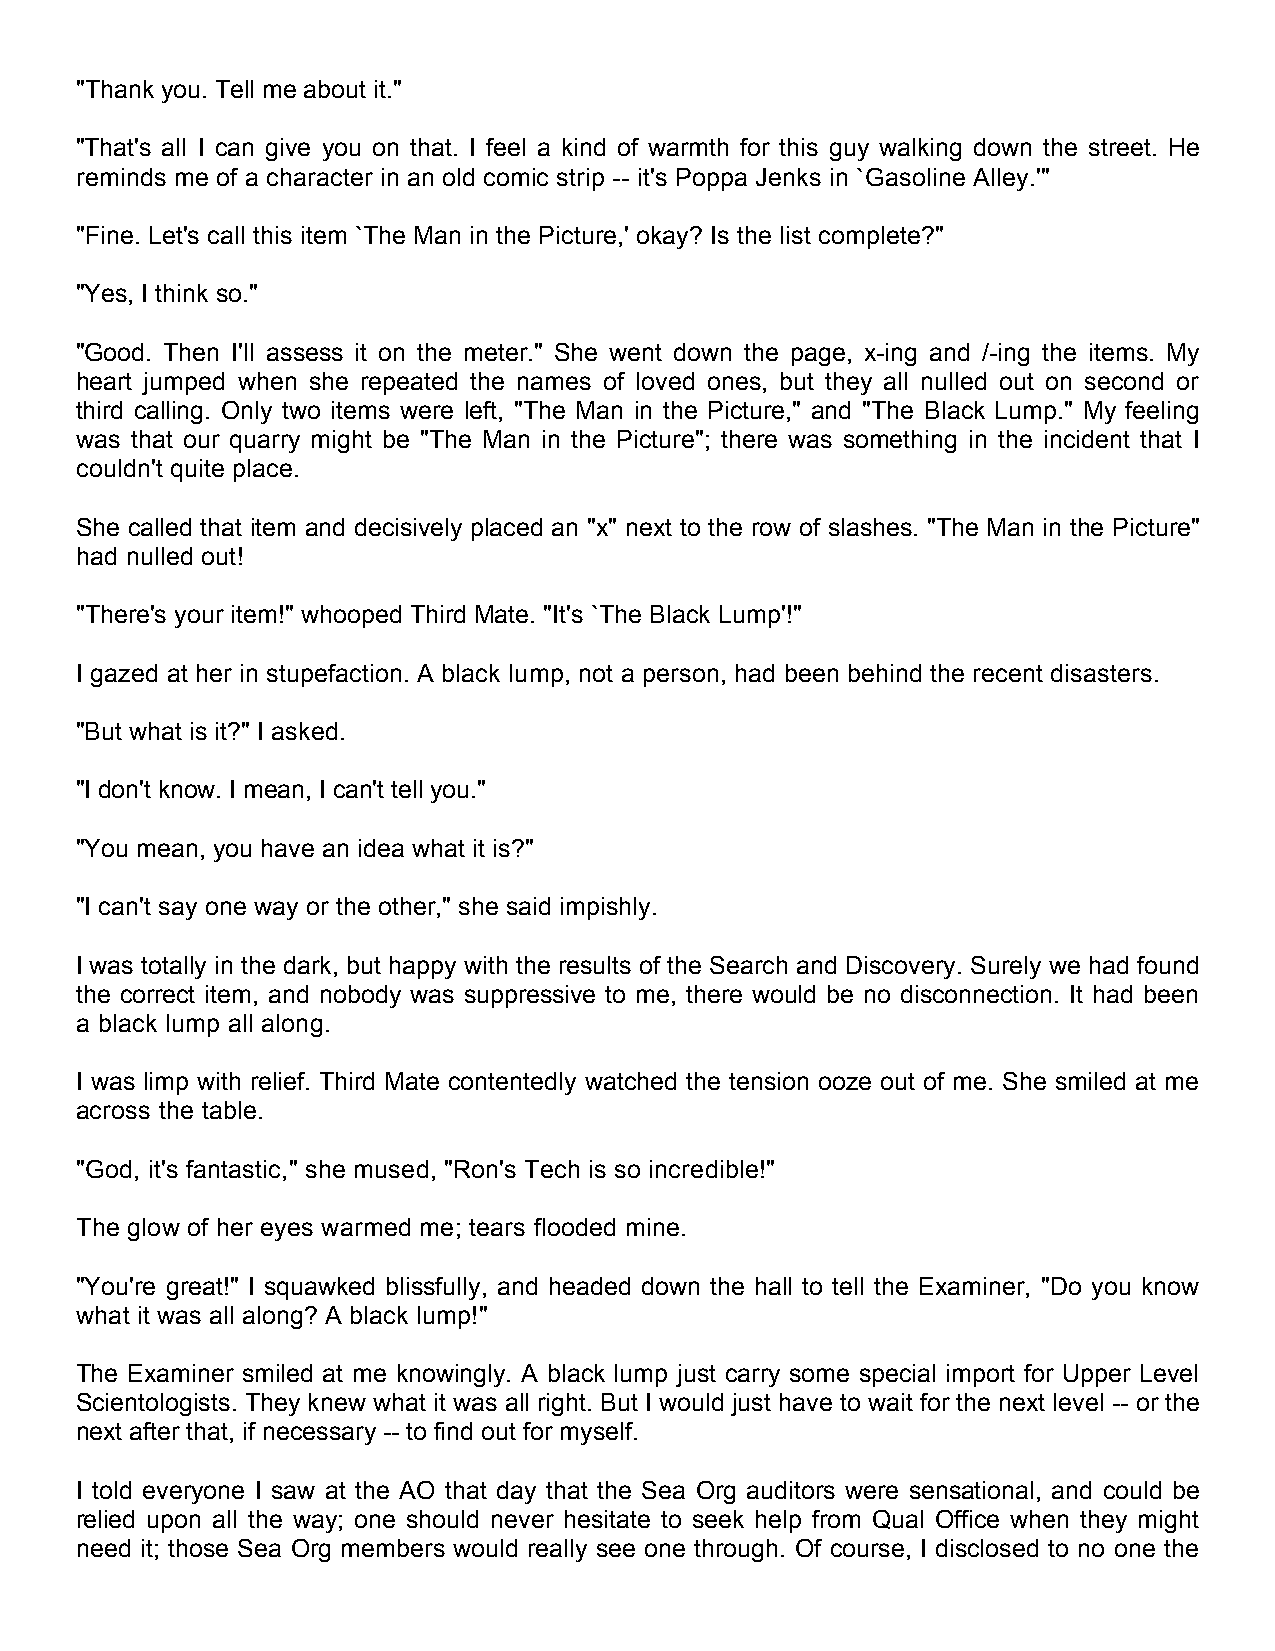
"Thank you. Tell me about it."
 "That's all I can give you on that. I feel a kind of warmth for this guy walking down the street. He
 reminds me of a character in an old comic strip -- it's Poppa Jenks in `Gasoline Alley.'"
 "Fine. Let's call this item `The Man in the Picture,' okay? Is the list complete?"
 "Yes, I think so."
 "Good. Then I'll assess it on the meter." She went down the page, x-ing and /-ing the items. My
 heart jumped when she repeated the names of loved ones, but they all nulled out on second or
 third calling. Only two items were left, "The Man in the Picture," and "The Black Lump." My feeling
 was that our quarry might be "The Man in the Picture"; there was something in the incident that I
 couldn't quite place.
 She called that item and decisively placed an "x" next to the row of slashes. "The Man in the Picture"
 had nulled out!
 "There's your item!" whooped Third Mate. "It's `The Black Lump'!"
 I gazed at her in stupefaction. A black lump, not a person, had been behind the recent disasters.
 "But what is it?" I asked.
 "I don't know. I mean, I can't tell you."
 "You mean, you have an idea what it is?"
 "I can't say one way or the other," she said impishly.
 I was totally in the dark, but happy with the results of the Search and Discovery. Surely we had found
 the correct item, and nobody was suppressive to me, there would be no disconnection. It had been
 a black lump all along.
 I was limp with relief. Third Mate contentedly watched the tension ooze out of me. She smiled at me
 across the table.
 "God, it's fantastic," she mused, "Ron's Tech is so incredible!"
 The glow of her eyes warmed me; tears flooded mine.
 "You're great!" I squawked blissfully, and headed down the hall to tell the Examiner, "Do you know
 what it was all along? A black lump!"
 The Examiner smiled at me knowingly. A black lump just carry some special import for Upper Level
 Scientologists. They knew what it was all right. But I would just have to wait for the next level -- or the
 next after that, if necessary -- to find out for myself.
 I told everyone I saw at the AO that day that the Sea Org auditors were sensational, and could be
 relied upon all the way; one should never hesitate to seek help from Qual Office when they might
 need it; those Sea Org members would really see one through. Of course, I disclosed to no one the